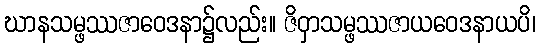
ဃာနသမ္ဖဿဇာဝေဒနာ၌လည်း။ ဇိဝှာသမ္ဖဿဇာယဝေဒနာယပိ၊